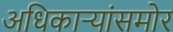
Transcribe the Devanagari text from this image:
अधिकाऱ्यांसमोर